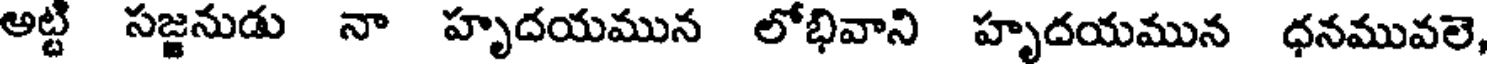
అట్ట సజ్జనుడు నా హృదయమున లోభివాని హృదయమున ధనమువలె,